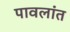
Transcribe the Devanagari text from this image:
पावलांत